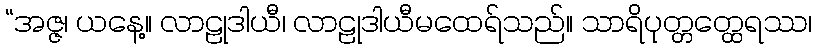
“အဇ္ဇ၊ ယနေ့။ လာဠုဒါယီ၊ လာဠုဒါယီမထေရ်သည်။ သာရိပုတ္တတ္ထေရဿ၊